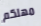
مهلكم